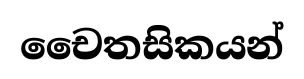
චෛතසිකයන්